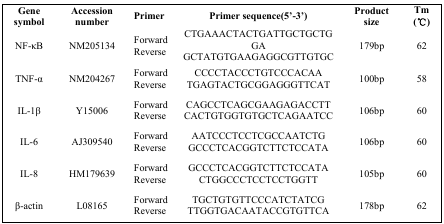
<table><thead><tr><td><b>Gene symbol</b></td><td><b>Accession number</b></td><td><b>Primer</b></td><td><b>Primer sequence(5′-3′)</b></td><td><b>Product size</b></td><td><b>Tm (°C)</b></td></tr></thead><tbody><tr><td>NF-κB</td><td>NM205134</td><td>ForwardReverse</td><td>CTGAAACTACTGATTGCTGCTGGAGCTATGTGAAGAGGCGTTGTGC</td><td>179bp</td><td>62</td></tr><tr><td>TNF-α</td><td>NM204267</td><td>ForwardReverse</td><td>CCCCTACCCTGTCCCACAATGAGTACTGCGGAGGGTTCAT</td><td>100bp</td><td>58</td></tr><tr><td>IL-1β</td><td>Y15006</td><td>ForwardReverse</td><td>CAGCCTCAGCGAAGAGACCTTCACTGTGGTGTGCTCAGAATCC</td><td>106bp</td><td>60</td></tr><tr><td>IL-6</td><td>AJ309540</td><td>ForwardReverse</td><td>AATCCCTCCTCGCCAATCTGGCCCTCACGGTCTTCTCCATA</td><td>106bp</td><td>60</td></tr><tr><td>IL-8</td><td>HM179639</td><td>ForwardReverse</td><td>GCCCTCACGGTCTTCTCCATACTGGCCCTCCTCCTGGTT</td><td>105bp</td><td>60</td></tr><tr><td>β-actin</td><td>L08165</td><td>ForwardReverse</td><td>TGCTGTGTTCCCATCTATCGTTGGTGACAATACCGTGTTCA</td><td>178bp</td><td>62</td></tr></tbody></table>